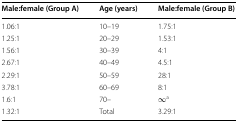
<table><thead><tr><td><b>Male:female (Group A)</b></td><td><b>Age (years)</b></td><td><b>Male:female (Group B)</b></td></tr></thead><tbody><tr><td>1.06:1</td><td>10–19</td><td>1.75:1</td></tr><tr><td>1.25:1</td><td>20–29</td><td>1.53:1</td></tr><tr><td>1.56:1</td><td>30–39</td><td>4:1</td></tr><tr><td>2.67:1</td><td>40–49</td><td>4.5:1</td></tr><tr><td>2.29:1</td><td>50–59</td><td>28:1</td></tr><tr><td>3.78:1</td><td>60–69</td><td>8:1</td></tr><tr><td>1.6:1</td><td>70–</td><td>∞<sup>a</sup></td></tr><tr><td>1.32:1</td><td>Total</td><td>3.29:1</td></tr></tbody></table>